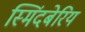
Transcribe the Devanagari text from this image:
स्मिंदबेरिय